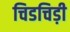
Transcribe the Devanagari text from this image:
चिडचिड़ी